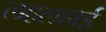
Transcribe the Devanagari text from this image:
लहलहाई